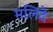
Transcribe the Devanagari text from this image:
मलिंदै